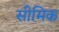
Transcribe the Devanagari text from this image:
सीमिक